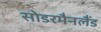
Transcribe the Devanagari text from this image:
सोडरमैनलैंड